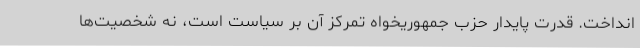
انداخت. قدرت پایدار حزب جمهوریخواه تمرکز آن بر سیاست است، نه شخصیت‌ها